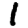
Digit: 1